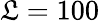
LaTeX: \mathfrak{L}=100